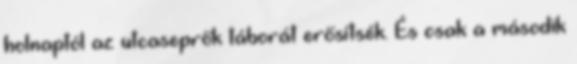
holnaptól az utcaseprők táborát erősítsék. És csak a második